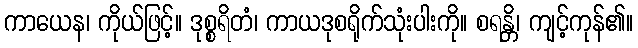
ကာယေန၊ ကိုယ်ဖြင့်။ ဒုစ္စရိတံ၊ ကာယဒုစရိုက်သုံးပါးကို။ စရန္တိ၊ ကျင့်ကုန်၏။